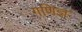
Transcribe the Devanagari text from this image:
गणिज्ञ